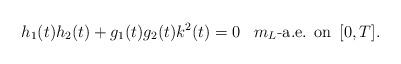
LaTeX: \begin{align*}h_1(t)h_2(t)+g_1(t)g_2(t)k^2(t)=0 \,\,\,\,\,m_L\mbox{-a.e. on }\, [0,T].\end{align*}